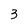
Character: 3